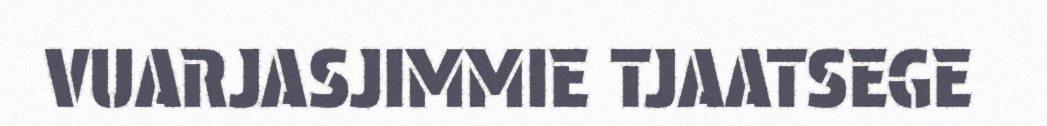
VUARJASJIMMIE TJAATSEGE